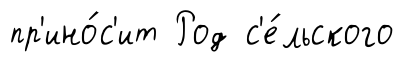
пр'ино́с'ит Род с'е́льского